Statistics compiled by the Government of India from the reports of provincial Civil Veterinary Departments
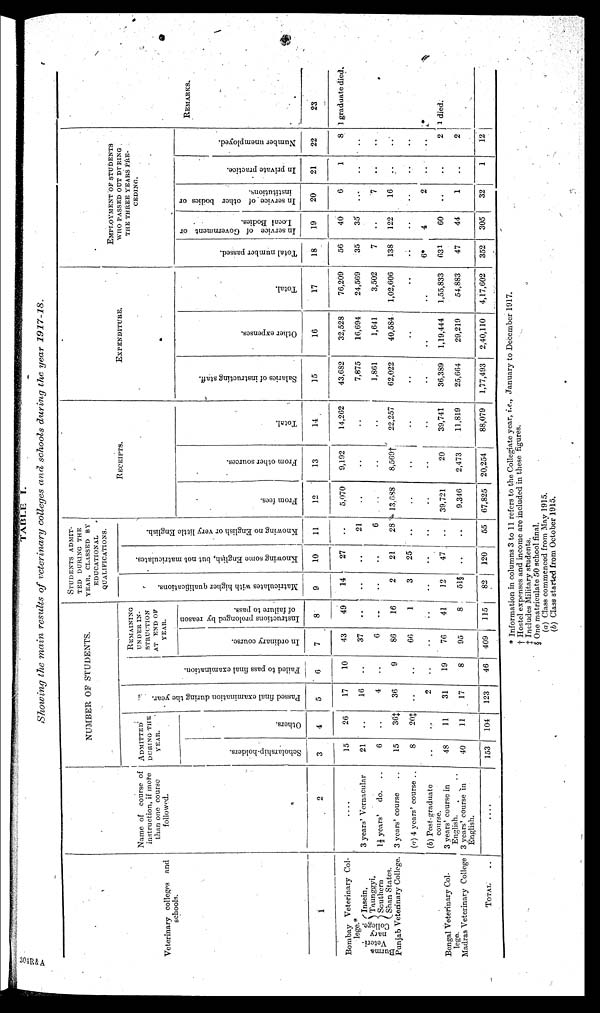
TABLE
I.
Showing the main results of veterinary colleges and schools during the year 1917-18.
Veterinary colleges and
schools.
1
Bombay Veterinary Col-
lege.*
Burma
Veteri-
nary
College.
Insein.
Taunggyi.
Scuthern
Shan States.
Punjab Veterinary College.
Bengal Veterinary Col-
lege.
Madras Veterinary College
TOTAL
..
Name of course of
instruction, if more
than one course
followed.
2
....
3 years' Vernacular
1½ years' do. ..
3 years' course ..
(a) 4 years' course ..
(b) Post-graduate
course.
3 years' course in
English. ..
3 years' course in
English.
....
NUMBER OF STUDENTS.
ADMITTED
DURING THE
YEAR.
Scholarship-holders.
3
15
21
6 15
8
..
48
40
153
Others.
4
26
..
.. 36‡
20‡
..
11
11
104
Pas s ed f i na l e x a m i n a t i o n dur i ng the year.
5
17
16
4 36
..
2
31
17
123
Fai l
ed to pass final examination.
6
10
..
.. 9
..
..
19
8
46
REMAINING
UNDER IN-
STRUCTION
AT END OF
YEAR.
In ordinary course.
7
43
37
6 86
66
..
76
95
409
Instructions prolonged by reason
of failure to pass.
8
49
..
.. 16
1
..
41
8
115
STUDENTS ADMIT-
TED DURING THE
YEAR ,CLASSED BY
EDUCATIONAL
QUALIFICATIONS.
Ma t
r
i
c ul a t
e s with higher qualifications
9
14
..
.. 2
3
..
12
51§
82
Knowing some Engl i
sh, but not matriculates.
10
27
..
.. 21
25
..
47
..
120
Knowing no Engl i
s h or ver y little Engl i
sh.
11
..
21
6 28
..
..
..
..
55
RECEIPTS.
From fees.
12
5,070
..
..
13,348
..
..
39,721
9,346
67,825
From other sources.
13
9,192
..
..
8,659†
..
..
20
2,473
20,254
Total.
14
14,262
..
..
22,237
..
..
39,741
11,819
88,079
EXPENDITURE.
Salaries of instructing staff.
15
43,682
7,875
1,861
62,022
..
..
36,389
25,664
1,77,493
Other expenses.
16
32,528
16,694
1,641
40,584
..
..
1,19,444
29,219
2,40,110
Total.
17
76,209
24,569
3,502
1,02,606
..
..
1,55,833
54,883
4,17,602
EMPLOYMENT OF STUDENTS
WHO PASSED OUT DURING
THE THREE YEARS PRE-
CEDING.
Total number passed.
18
56
35
7
128
..
6*
631
47
352
In service of Government or
Local Bodies.
19
40
35
..
122
..
4
60
44
305
In service of other bodies or
institutions.
20
6
..
7
16
..
2
..
1
32
In private practice.
21
1
..
..
..
..
..
..
..
1
Number unemployed.
22
8
..
..
..
..
..
2
2
12
REMARKS.
23
1 graduate died.
*
1 died.
* Information in columns 3 to 11 refers to the Collegiate year, i.e., January to December 1917.
† Hostel expenses and income are included in these figures.
‡ Includes Military students.
§ One matriculate 50 school final.
(a) Class commenced from May 1915.
(b) Class started from October 1915.
301R&A